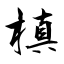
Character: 槙